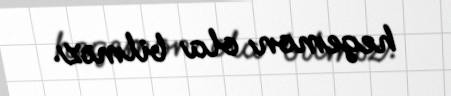
hegemon ola bilməz.